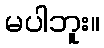
မပါဘူး။